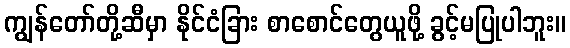
ကျွန်တော်တို့ဆီမှာ နိုင်ငံခြား စာစောင်တွေယူဖို့ ခွင့်မပြုပါဘူး။